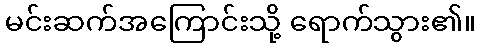
မင်းဆက်အကြောင်းသို့ ရောက်သွား၏။